Leaving Certificate Examination (including Day School Certificate (Higher) General paper), 1927
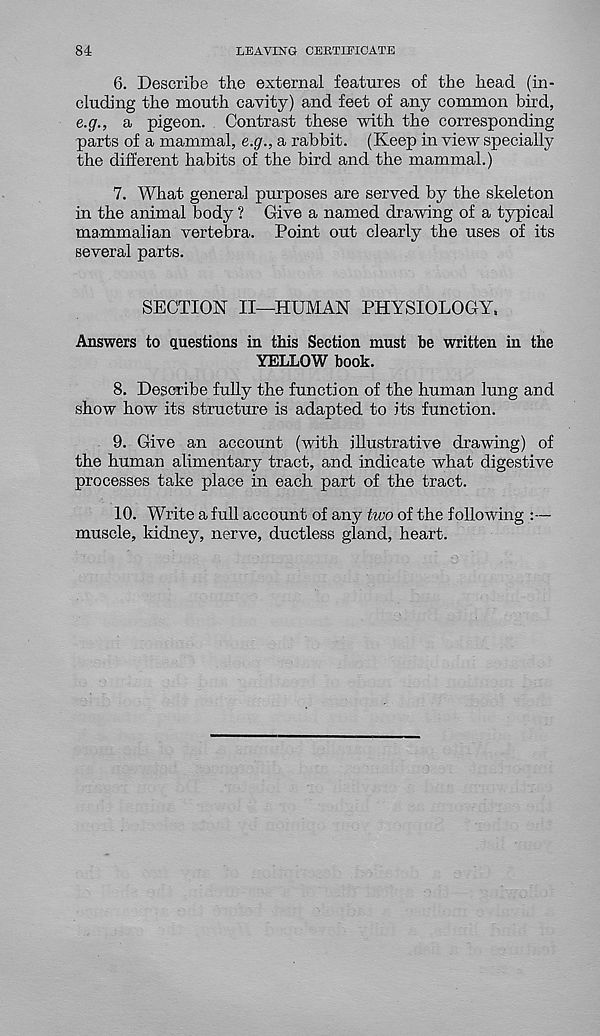
84
LEAVING CERTIFICATE
6. Describe the external features of the head (in-
cluding the mouth cavity) and feet of any common bird,
e.g., a pigeon. Contrast these with the corresponding
parts of a mammal, e.g., a rabbit. (Keep in view specially
the different habits of the bird and the mammal.)
7. What genera] purposes are served by the skeleton
in the animal body ? Give a named drawing of a typical
mammalian vertebra. Point out clearly the uses of its
several parts.
SECTION II—HUMAN PHYSIOLOGY,
Answers to questions in this Section must he written in the
YELLOW book.
8. Describe fully the function of the human lung and
show how its structure is adapted to its function.
9. Give an account (with illustrative drawing) of
the human alimentary tract, and indicate what digestive
processes take place in each part of the tract.
10. Write a full account of any two of the following :—
muscle, kidney, nerve, ductless gland, heart.